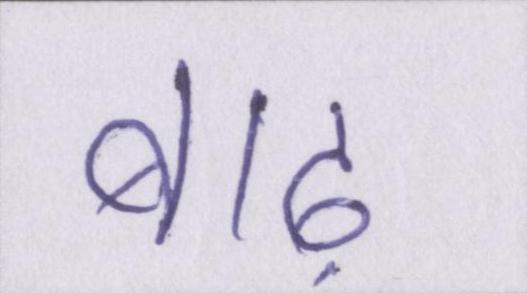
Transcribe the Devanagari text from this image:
बाढ़